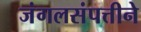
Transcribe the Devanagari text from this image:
जंगलसंपत्तीने